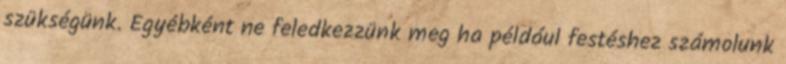
szükségünk. Egyébként ne feledkezzünk meg ha például festéshez számolunk